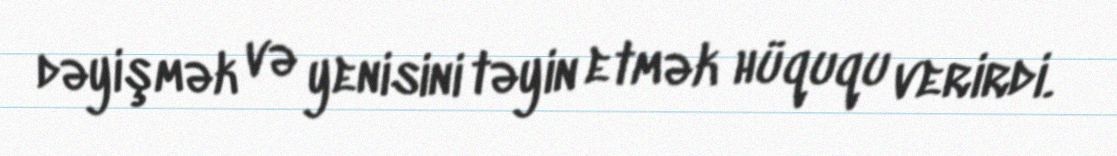
dəyişmək və yenisini təyin etmək hüququ verirdi.